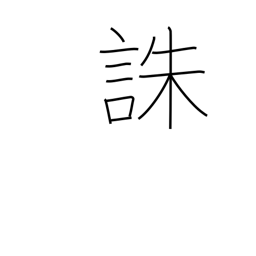
Meaning: death penalty